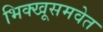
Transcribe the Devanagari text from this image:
भिक्खूसमवेत